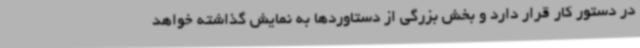
در دستور کار قرار دارد و بخش بزرگی از دستاوردها به نمایش گذاشته خواهد